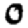
Digit: 0